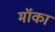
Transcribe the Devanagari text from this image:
मॉका